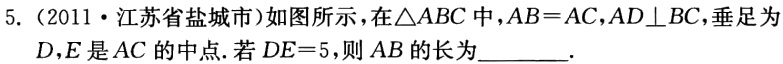
5.（2011·江苏省盐城市）如图所示，在\(\triangle ABC\)中，\(AB = AC\)，\(AD\perp BC\)，垂足为\(D\)，\(E\)是\(AC\)的中点. 若\(DE = 5\)，则\(AB\)的长为________.